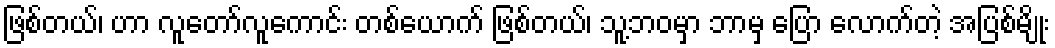
ဖြစ်တယ်၊ ဟာ လူတော်လူကောင်း တစ်ယောက် ဖြစ်တယ်၊ သူ့ဘဝမှာ ဘာမှ ပြော လောက်တဲ့ အပြစ်မျိုး